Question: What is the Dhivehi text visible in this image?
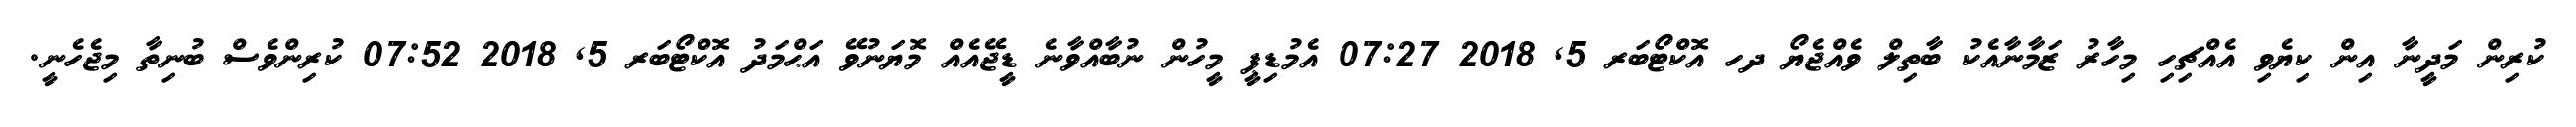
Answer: ކުރިން މަދީނާ އިން ކިޔެވި އެއްޗިހި މިހާރު ޒަމާނާއެކު ބާތިލް ވެއްޖެޔޯ ދހ އޮކްޓޯބަރ 5, 2018 07:27 އެމުޑިޕީ މީހުން ނުބާއްވާނެ ޑީޖޭއެއް މޮޔަނުވޭ އަޙްމަދު އޮކްޓޯބަރ 5, 2018 07:52 ކުރިންވެސް ބުނިތާ މިޖެހެނީ.